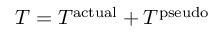
T = T ^ { \mathrm { a c t u a l } } + T ^ { \mathrm { p s e u d o } }